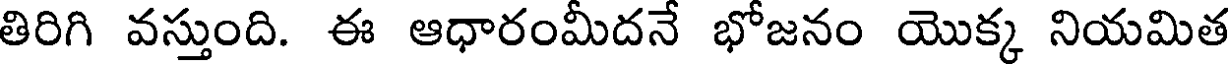
తిరిగి వస్తుంది. ఈ ఆధారంమీదనే భోజనం యొక్క నియమిత